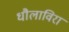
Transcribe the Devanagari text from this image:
धौलाविरा